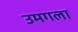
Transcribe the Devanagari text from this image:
उमगला